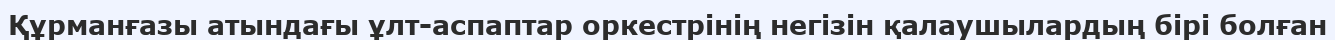
Құрманғазы атындағы ұлт-аспаптар оркестрінің негізін қалаушылардың бірі болған